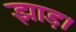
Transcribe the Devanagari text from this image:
झाड़।